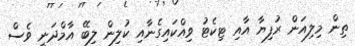
ތިން މިލިއަން ރުފިޔާ އާއި ޓިކެޓު ވިއްކައިގެނާއި ކުލިން ލިބޭ އާމްދަނީ ވެސް